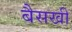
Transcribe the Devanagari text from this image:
बैसखी